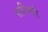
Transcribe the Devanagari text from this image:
सप्त्गिरि